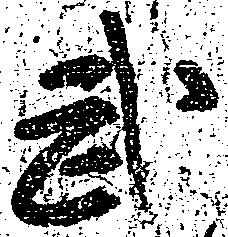
武